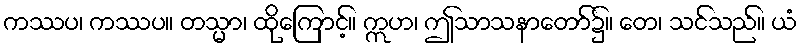
ကဿပ၊ ကဿပ။ တသ္မာ၊ ထိုကြောင့်။ ဣဟ၊ ဤသာသနာတော်၌။ တေ၊ သင်သည်။ ယံ